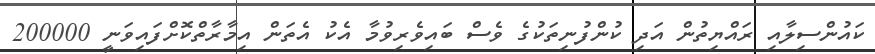
ކައުންސިލާއި ރައްޔިތުން އަދި ކުންފުނިތަކުގެ ވެސް ބައިވެރިވުމާ އެކު އެތަން އިމާރާތްކޮށްފައިވަނީ 200000